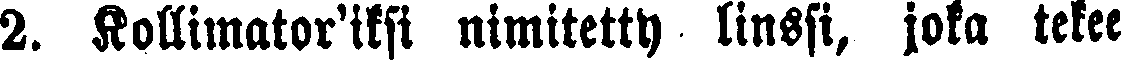
2. Kollimator'iksi nimitetty linssi, joka tekee